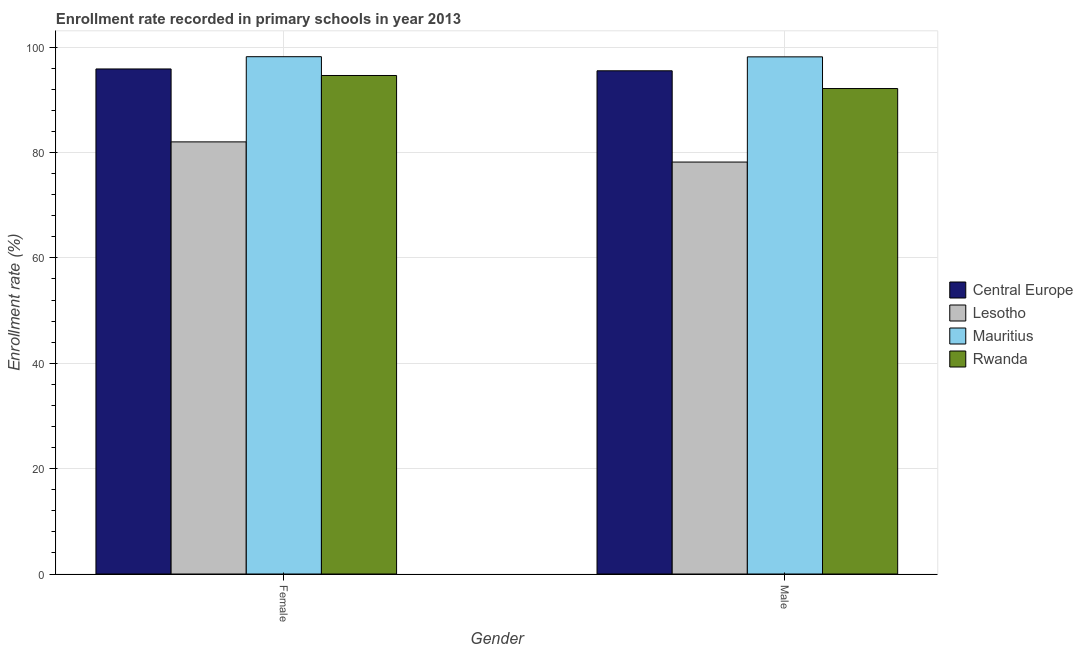
| Gender | Central Europe | Lesotho | Mauritius | Rwanda |
 | --- | --- | --- | --- | --- |
 | Female | 95.9 | 82 | 98.2 | 94.6 |
 | Male | 95.5 | 78.2 | 98.2 | 92.1 |